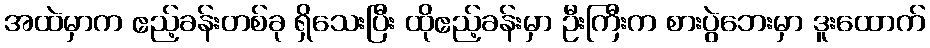
အထဲမှာက ဧည့်ခန်းတစ်ခု ရှိသေးပြီး ထိုဧည့်ခန်းမှာ ဦးကြီးက စားပွဲဘေးမှာ ဒူးထောက်